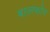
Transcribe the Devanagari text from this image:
बालफोर